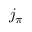
j _ { \pi }